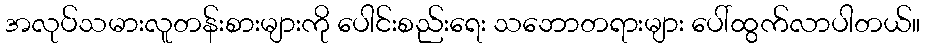
အလုပ်သမားလူတန်းစားများကို ပေါင်းစည်းရေး သဘောတရားများ ပေါ်ထွက်လာပါတယ်။